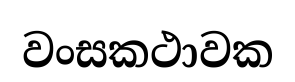
වංසකථාවක